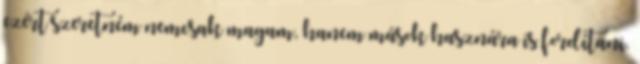
ezért szeretném nemcsak magam, hanem mások hasznára is fordítani.